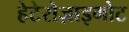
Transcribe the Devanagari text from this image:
हेटेरोज़ाइगोट